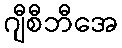
ဂျီစီဘီအေ